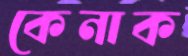
কেনাক